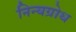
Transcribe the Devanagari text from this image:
निन्यग्रोध